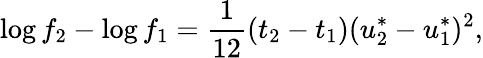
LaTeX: \log f_{2}-\log f_{1}=\frac{1}{12}(t_{2}-t_{1})(u_{2}^{*}-u_{1}^{*})^{2},